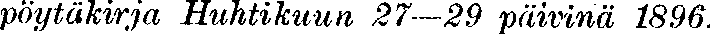
pöytäkirja Huhtikuun 27—29 päivinä 1896.